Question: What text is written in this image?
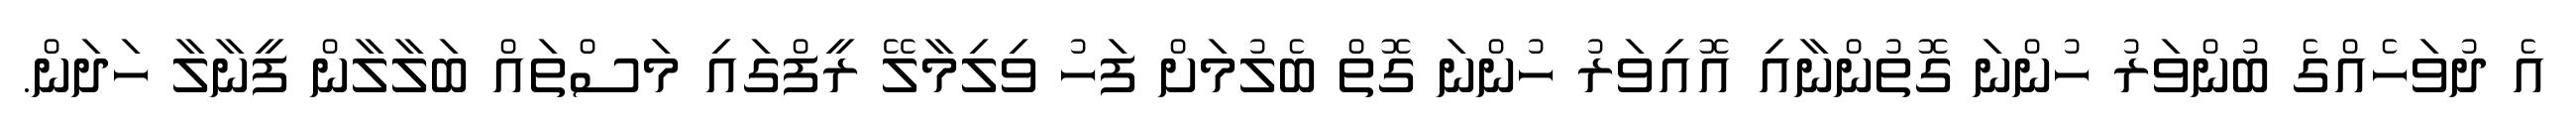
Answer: އެ ދުވަހެއްގެ ބުންވަރު ހުންނަ ގޮތުންނާއި އޮއިވަރު ހުންނަ ގޮތް ބެލުމަށް ފަހު ވިލިމާލޭ ރީފްގައި މަސްތައް ބަލާލާން ފީނާލާ ހަދަން.